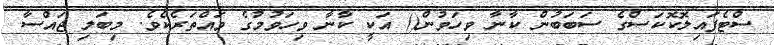
ސްޓެފައިލޮކޮކަސްގެ ސަބަބުން ކާނާ ވިހަވުން() އަކީ ކާނާ ވިހަވުމުގެ ވައްތަރެކެވެ. މިބަލި ޖައްސާ